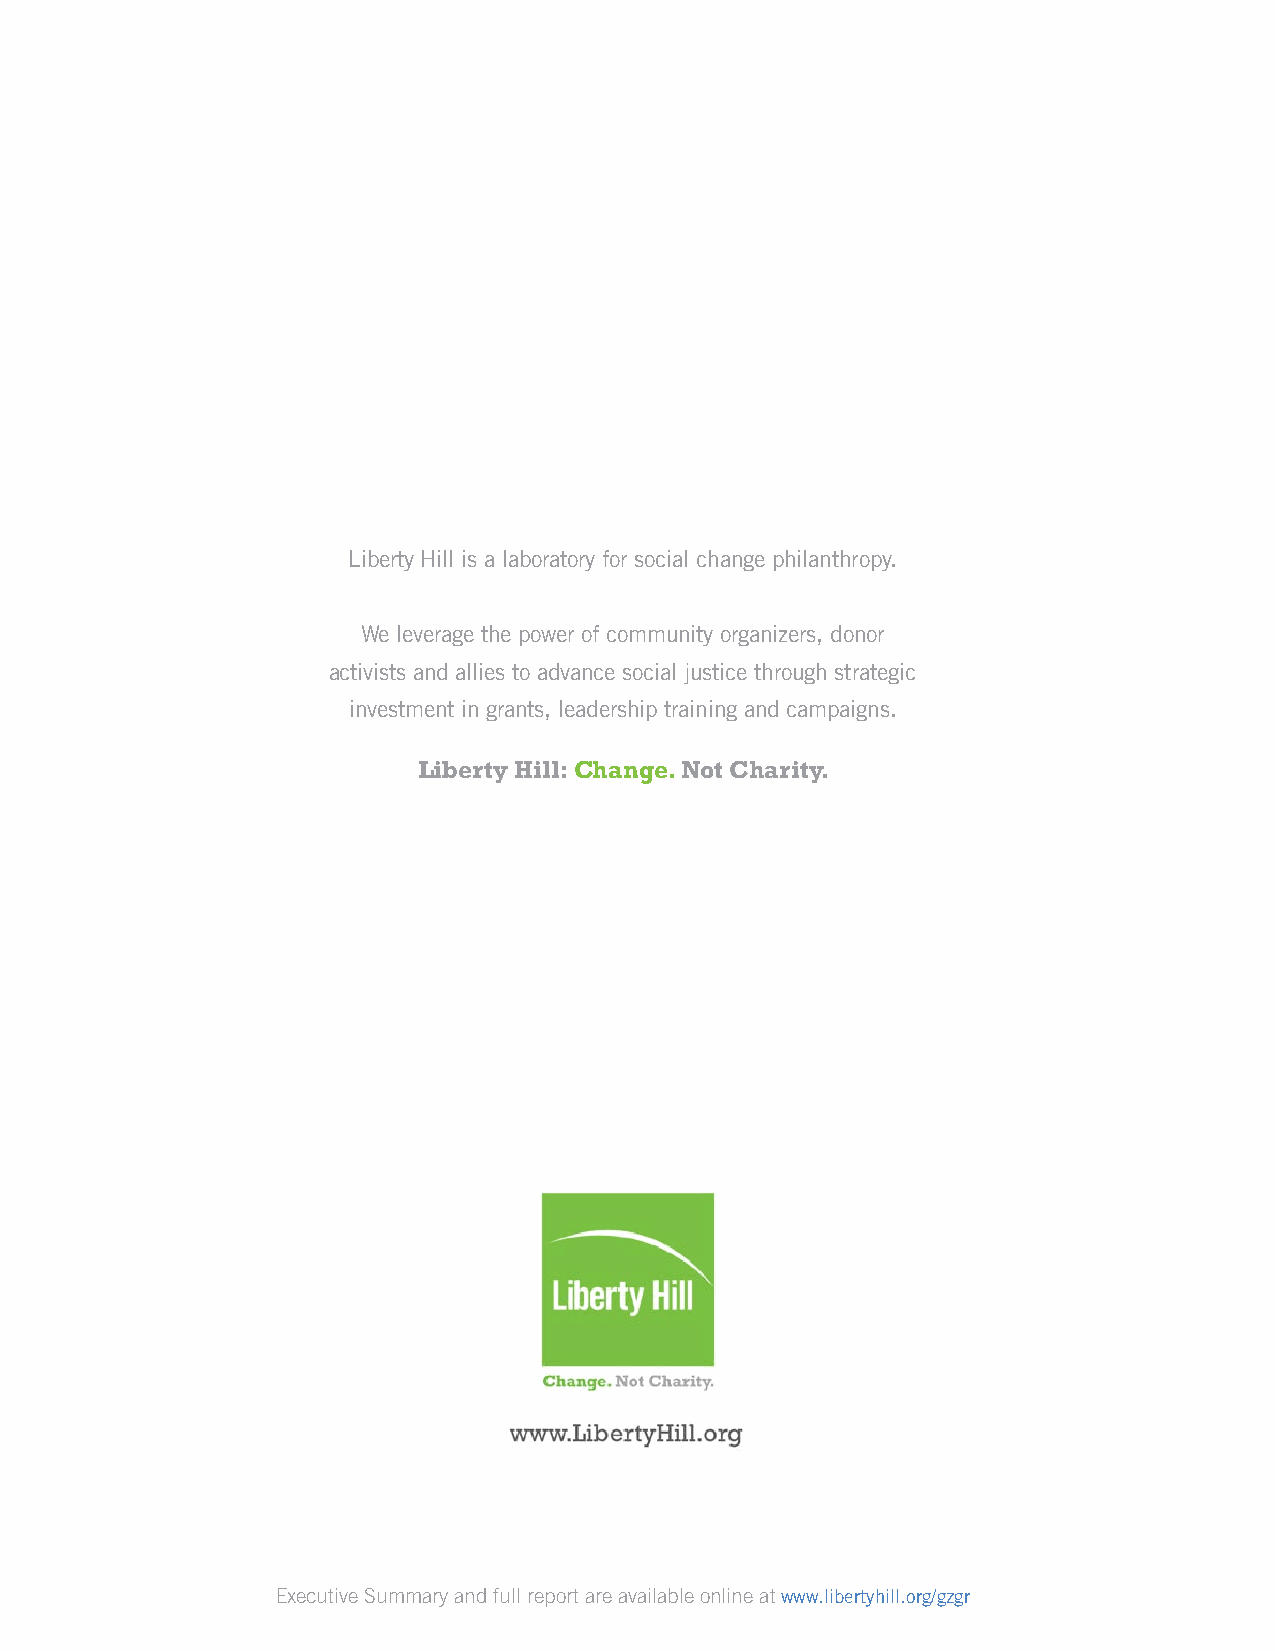
Liberty Hill is a laboratory for social change philanthropy.
 We leverage the power of community organizers, donor
 activists and allies to advance social justice through strategic
 investment in grants, leadership training and campaigns.
 Liberty Hill: Change. Not Charity.
 Executive Summary and full report are available online at www.libertyhill.org/gzgr